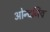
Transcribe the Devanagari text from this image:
ओन्दजिव